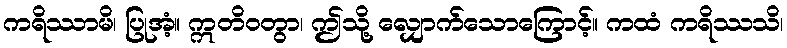
ကရိဿာမိ၊ ပြုအံ့။ ဣတိဝတွာ၊ ဤသို့ လျှောက်သောကြောင့်။ ကထံ ကရိဿသိ၊